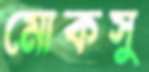
মোকসু